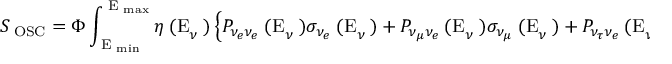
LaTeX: S _ { \mathrm { \tiny ~ O S C } } = \Phi \int _ { { \mathrm { \tiny ~ E } } _ { \mathrm { \tiny ~ m i n } } } ^ { { \mathrm { \tiny ~ E } } _ { \mathrm { \tiny ~ m a x } } } \eta { \mathrm { \tiny ~ ( E } } _ { \nu } \mathrm { \tiny ~ ) } \left\{ P _ { \nu _ { e } \nu _ { e } } { \mathrm { \tiny ~ ( E } } _ { \nu } \mathrm { \tiny ~ ) } \sigma _ { \nu _ { e } } { \mathrm { \tiny ~ ( E } } _ { \nu } \mathrm { \tiny ~ ) } + P _ { \nu _ { \mu } \nu _ { e } } { \mathrm { \tiny ~ ( E } } _ { \nu } \mathrm { \tiny ~ ) } \sigma _ { \nu _ { \mu } } { \mathrm { \tiny ~ ( E } } _ { \nu } \mathrm { \tiny ~ ) } + P _ { \nu _ { \tau } \nu _ { e } } { \mathrm { \tiny ~ ( E } } _ { \nu } \mathrm { \tiny ~ ) } \sigma _ { \nu _ { \tau } } { \mathrm { \tiny ~ ( E } } _ { \nu } \mathrm { \tiny ~ ) } \right\} d E _ { \nu }